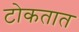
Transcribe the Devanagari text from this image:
टोकतात